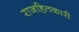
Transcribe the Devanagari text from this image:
राजहितकारी